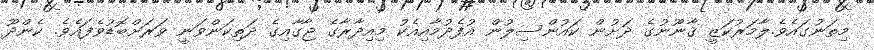
މިތަނުގައެވެ.ލާމަރުކަޒީ ޤާނޫނުގެ ދަށުން ކައުންސިލުން އުފެދުމާއިއެކު މިއިދާރާގެ ޖާގާއިގެ ދަތިކަންވަނީ ވަރަށްބޮޑުވެފައެވެ. ކެންދޫ